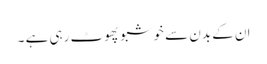
ان کے بدن سے خوشبو پھوٹ رہی ہے ۔